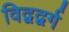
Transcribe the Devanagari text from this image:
विद्वद्वर्ग